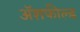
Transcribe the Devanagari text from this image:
ॲशफील्ड